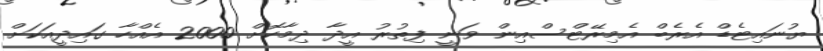
ޔުނައިޓެޑް އެރެބް އެމިރޭޓްސްއިން ވަނީ ފިތުރު އީދާ ދިމާކޮށް 2000 އެއްހާ ގައިދީއަކަށް